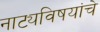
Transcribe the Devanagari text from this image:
नाट्यविषयांचे